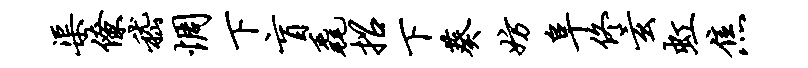
渠僚嵇惆下盲毳招下葵妨阜佟玄虹焦